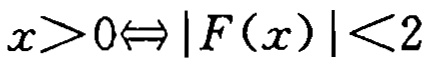
$x>0\Leftrightarrow |F(x)|<2$